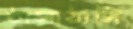
ঠাসাঠাসি